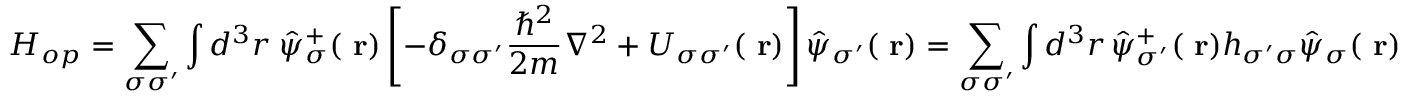
H _ { o p } = \sum _ { \sigma \sigma ^ { \prime } } \int d ^ { 3 } r \; \hat { \psi } _ { \sigma } ^ { + } ( \mathrm { \bf ~ r } ) \left[ - \delta _ { \sigma \sigma ^ { \prime } } \frac { \hbar ^ { 2 } } { 2 m } \nabla ^ { 2 } + U _ { \sigma \sigma ^ { \prime } } ( \mathrm { \bf ~ r } ) \right] \hat { \psi } _ { \sigma ^ { \prime } } ( \mathrm { \bf ~ r } ) = \sum _ { \sigma \sigma ^ { \prime } } \int d ^ { 3 } r \, \hat { \psi } _ { \sigma ^ { \prime } } ^ { + } ( \mathrm { \bf ~ r } ) h _ { \sigma ^ { \prime } \sigma } \hat { \psi } _ { \sigma } ( \mathrm { \bf ~ r } )